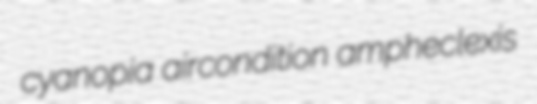
cyanopia aircondition ampheclexis